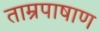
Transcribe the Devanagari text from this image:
ताम्रपाषाण